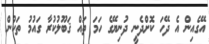
އޭގެއިން އެ ދޭހަ ކޮށްދެނީ ދުނިޔޭގެ ހަމަ ތައް ޤަބޫލުކުރާ ގައުމު ތަކުން